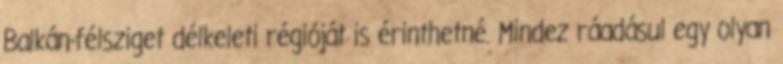
Balkán-félsziget délkeleti régióját is érinthetné. Mindez ráadásul egy olyan